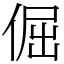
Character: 倔